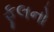
ફૂલનો